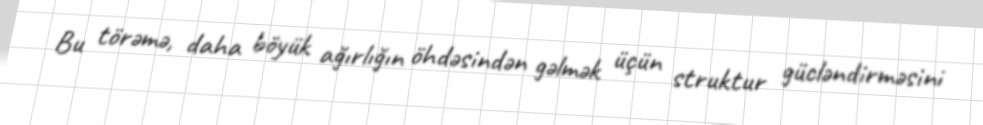
Bu törəmə, daha böyük ağırlığın öhdəsindən gəlmək üçün struktur gücləndirməsini